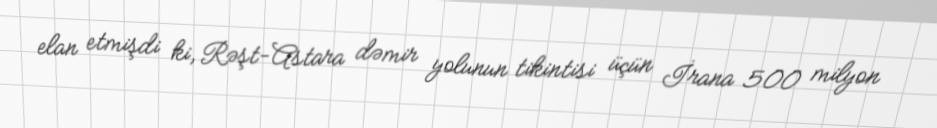
elan etmişdi ki, Rəşt-Astara dəmir yolunun tikintisi üçün İrana 500 milyon